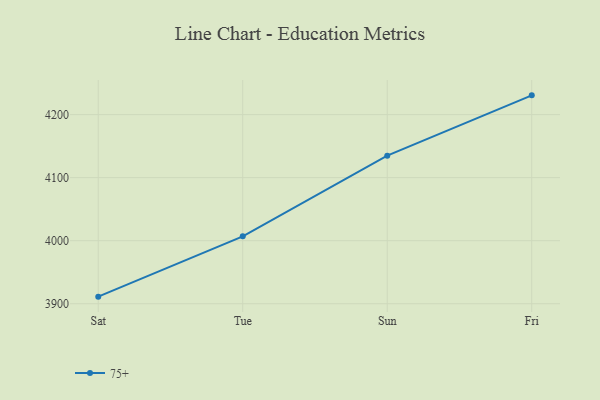
{"axis": {"x": "Day", "y": "Budget (USD K)"}, "legend": ["75+"], "data": [{"x": "Sat", "y": 3911.2, "type": "75+"}, {"x": "Tue", "y": 4006.9, "type": "75+"}, {"x": "Sun", "y": 4134.8, "type": "75+"}, {"x": "Fri", "y": 4230.5, "type": "75+"}]}